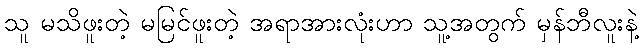
သူ မသိဖူးတဲ့ မမြင်ဖူးတဲ့ အရာအားလုံးဟာ သူ့အတွက် မှန်ဘီလူးနဲ့